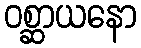
ဝစ္ဆာယနော